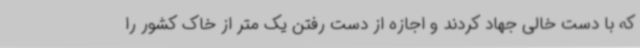
که با دست خالی جهاد کردند و اجازه از دست رفتن یک متر از خاک کشور را